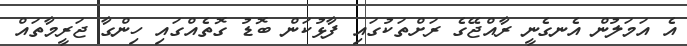
އެ އަމަލުން އެނގެނީ ރާއްޖޭގެ ރަށްތަކުގައި ފާޅުކަން ބޮޑު ގޮތެއްގައި ހިންގާ ޖަރީމާތައް